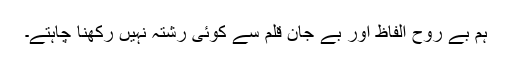
ہم بے روح الفاظ اور بے جان قلم سے کوئی رشتہ نہیں رکھنا چاہتے۔